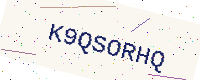
Text: K9QSORHQ